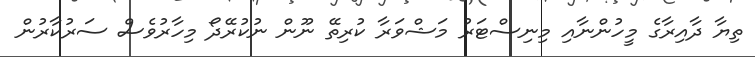
ތިޔާ ދާއިރާގެ މީހުންނާއި މިނިސްޓަރު މަޝްވަރާ ކުރިތޭ ނޫން ނުކުރޭދޯ މިހާރުވެސް ސަރުކާރުން